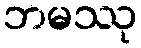
ဘမဿု